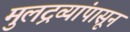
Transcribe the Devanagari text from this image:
मुलद्रव्यांपासून